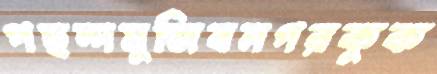
পছন্দমুজিবনগরকুক